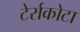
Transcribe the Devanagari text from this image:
टेर्राकोटा